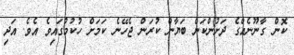
ކޮން ގާނޫނެއްގެ ދަށުންކަން ބަޔާން ކުރަން ޖެހޭނެ ކަމަށް ހުކުމުގައިވެ އެވެ. އަދި